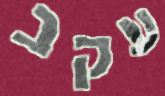
עקב